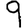
Digit: 9